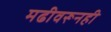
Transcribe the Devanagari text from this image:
मढीवरूनही